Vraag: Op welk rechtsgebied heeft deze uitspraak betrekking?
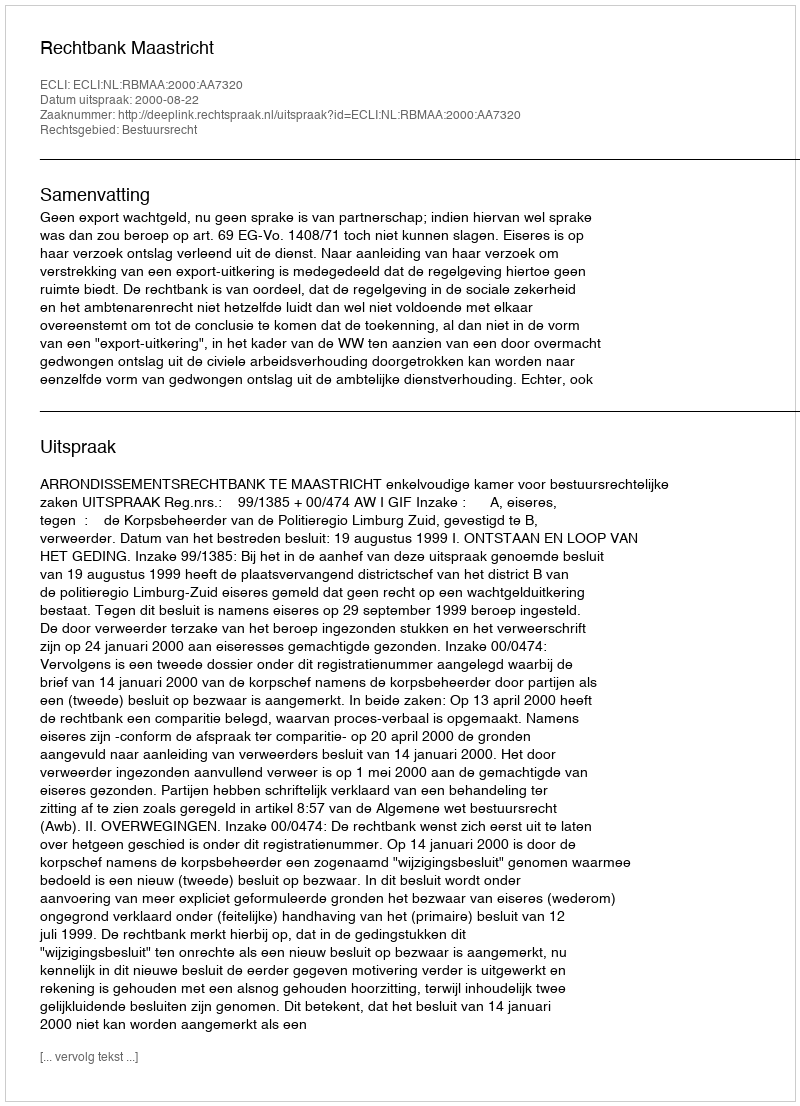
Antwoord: Bestuursrecht